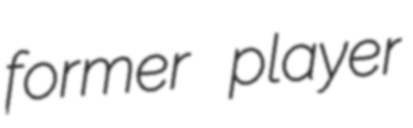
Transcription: former player